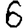
Digit: 6